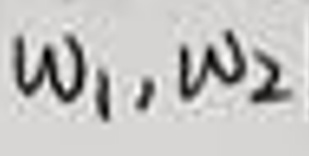
$w_1, w_2$